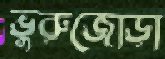
ভুরুজোড়া